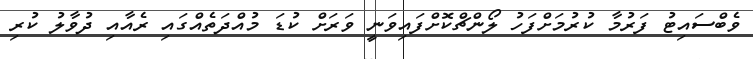
ވެބްސައިޓު ފަރުމާ ކުރުމަށްފަހު ލޯންޗްކޮށްފައިވަނީ ވަރަށް ކުޑަ މުއްދަތެއްގައި ރެއާއި ދުވާލު ކުރި